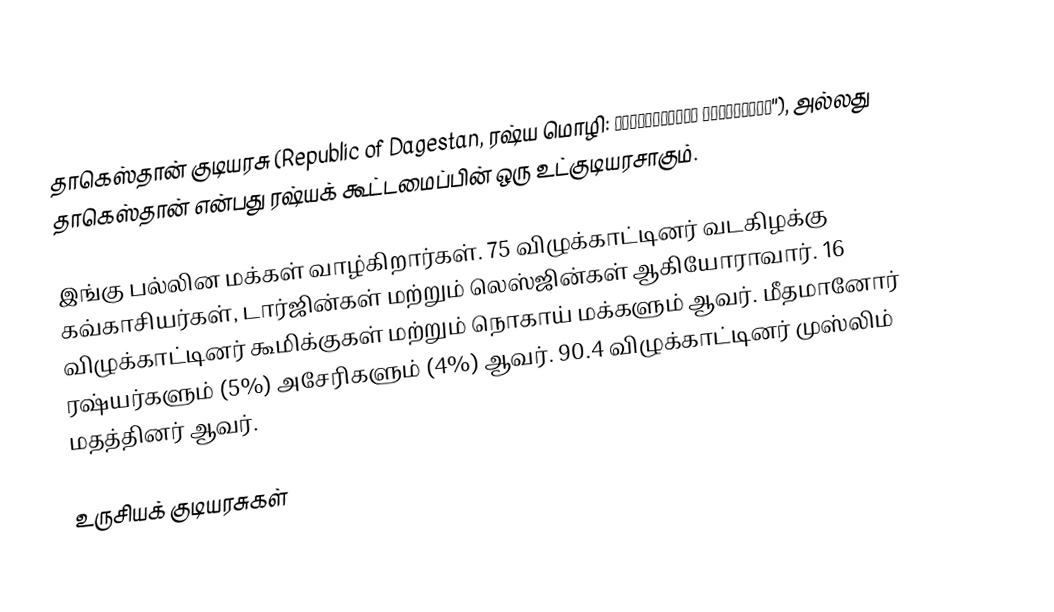
தாகெஸ்தான் குடியரசு (Republic of Dagestan, ரஷ்ய மொழி: Респу́блика Дагеста́н''), அல்லது தாகெஸ்தான் என்பது ரஷ்யக் கூட்டமைப்பின் ஒரு உட்குடியரசாகும்.

இங்கு பல்லின மக்கள் வாழ்கிறார்கள். 75 விழுக்காட்டினர் வடகிழக்கு கவ்காசியர்கள், டார்ஜின்கள் மற்றும் லெஸ்ஜின்கள் ஆகியோராவார். 16 விழுக்காட்டினர் கூமிக்குகள் மற்றும் நொகாய் மக்களும் ஆவர். மீதமானோர் ரஷ்யர்களும் (5%) அசேரிகளும் (4%) ஆவர். 90.4 விழுக்காட்டினர் முஸ்லிம் மதத்தினர் ஆவர்.

உருசியக் குடியரசுகள்